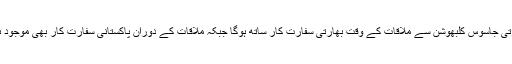
بھارتی جاسوس کلبھوشن سے ملاقات کے وقت بھارتی سفارت کار ساتھ ہوگا جبکہ ملاقات کے دوران پاکستانی سفارت کار بھی موجود ہوگا۔